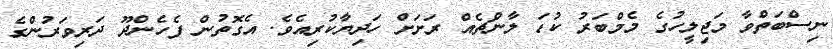
ނިސްބަތްވާ މަޖިލީހުގެ މެމްބަރު ކުޑަ ލާންޗެއް ރަށަށް ހަދިޔާކުރިއެވެ. އެގޮތުން ފެހެންދޫ ދަރިވަރުންގެ